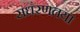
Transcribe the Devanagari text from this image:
सधरणतया